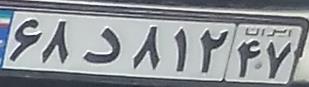
۶۸د۸۱۲۴۷